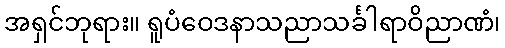
အရှင်ဘုရား။ ရူပံဝေဒနာသညာသင်္ခါရာဝိညာဏံ၊